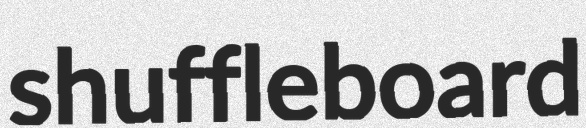
shuffleboard